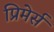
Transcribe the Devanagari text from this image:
प्रिमेर्स